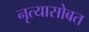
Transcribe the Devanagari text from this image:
नृत्यासोबत